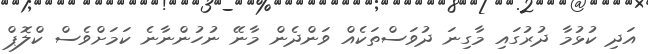
އަދި ކުޅުމާ ދުރުގައި މާގިނަ ދުވަސްތަކެއް ވަންދެން މާނޭ ނުހުންނާނެ ކަމަށްވެސް ކްލޮޕް